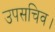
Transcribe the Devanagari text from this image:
उपसचिव।